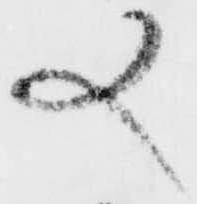
又